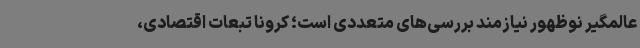
عالمگیر نوظهور نیازمند بررسی‌های متعددی است؛ کرونا تبعات اقتصادی،